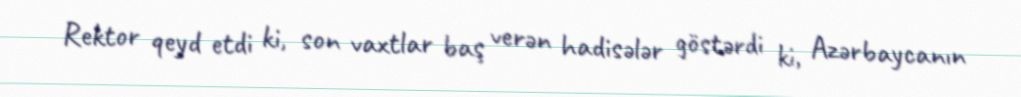
Rektor qeyd etdi ki, son vaxtlar baş verən hadisələr göstərdi ki, Azərbaycanın